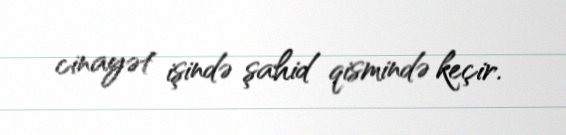
cinayət işində şahid qismində keçir.